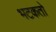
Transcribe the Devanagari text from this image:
भटकतो